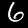
Digit: 6